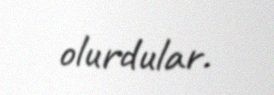
olurdular.